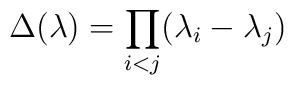
\Delta(\lambda) = \prod_{i<j} (\lambda_{i}-\lambda_{j})